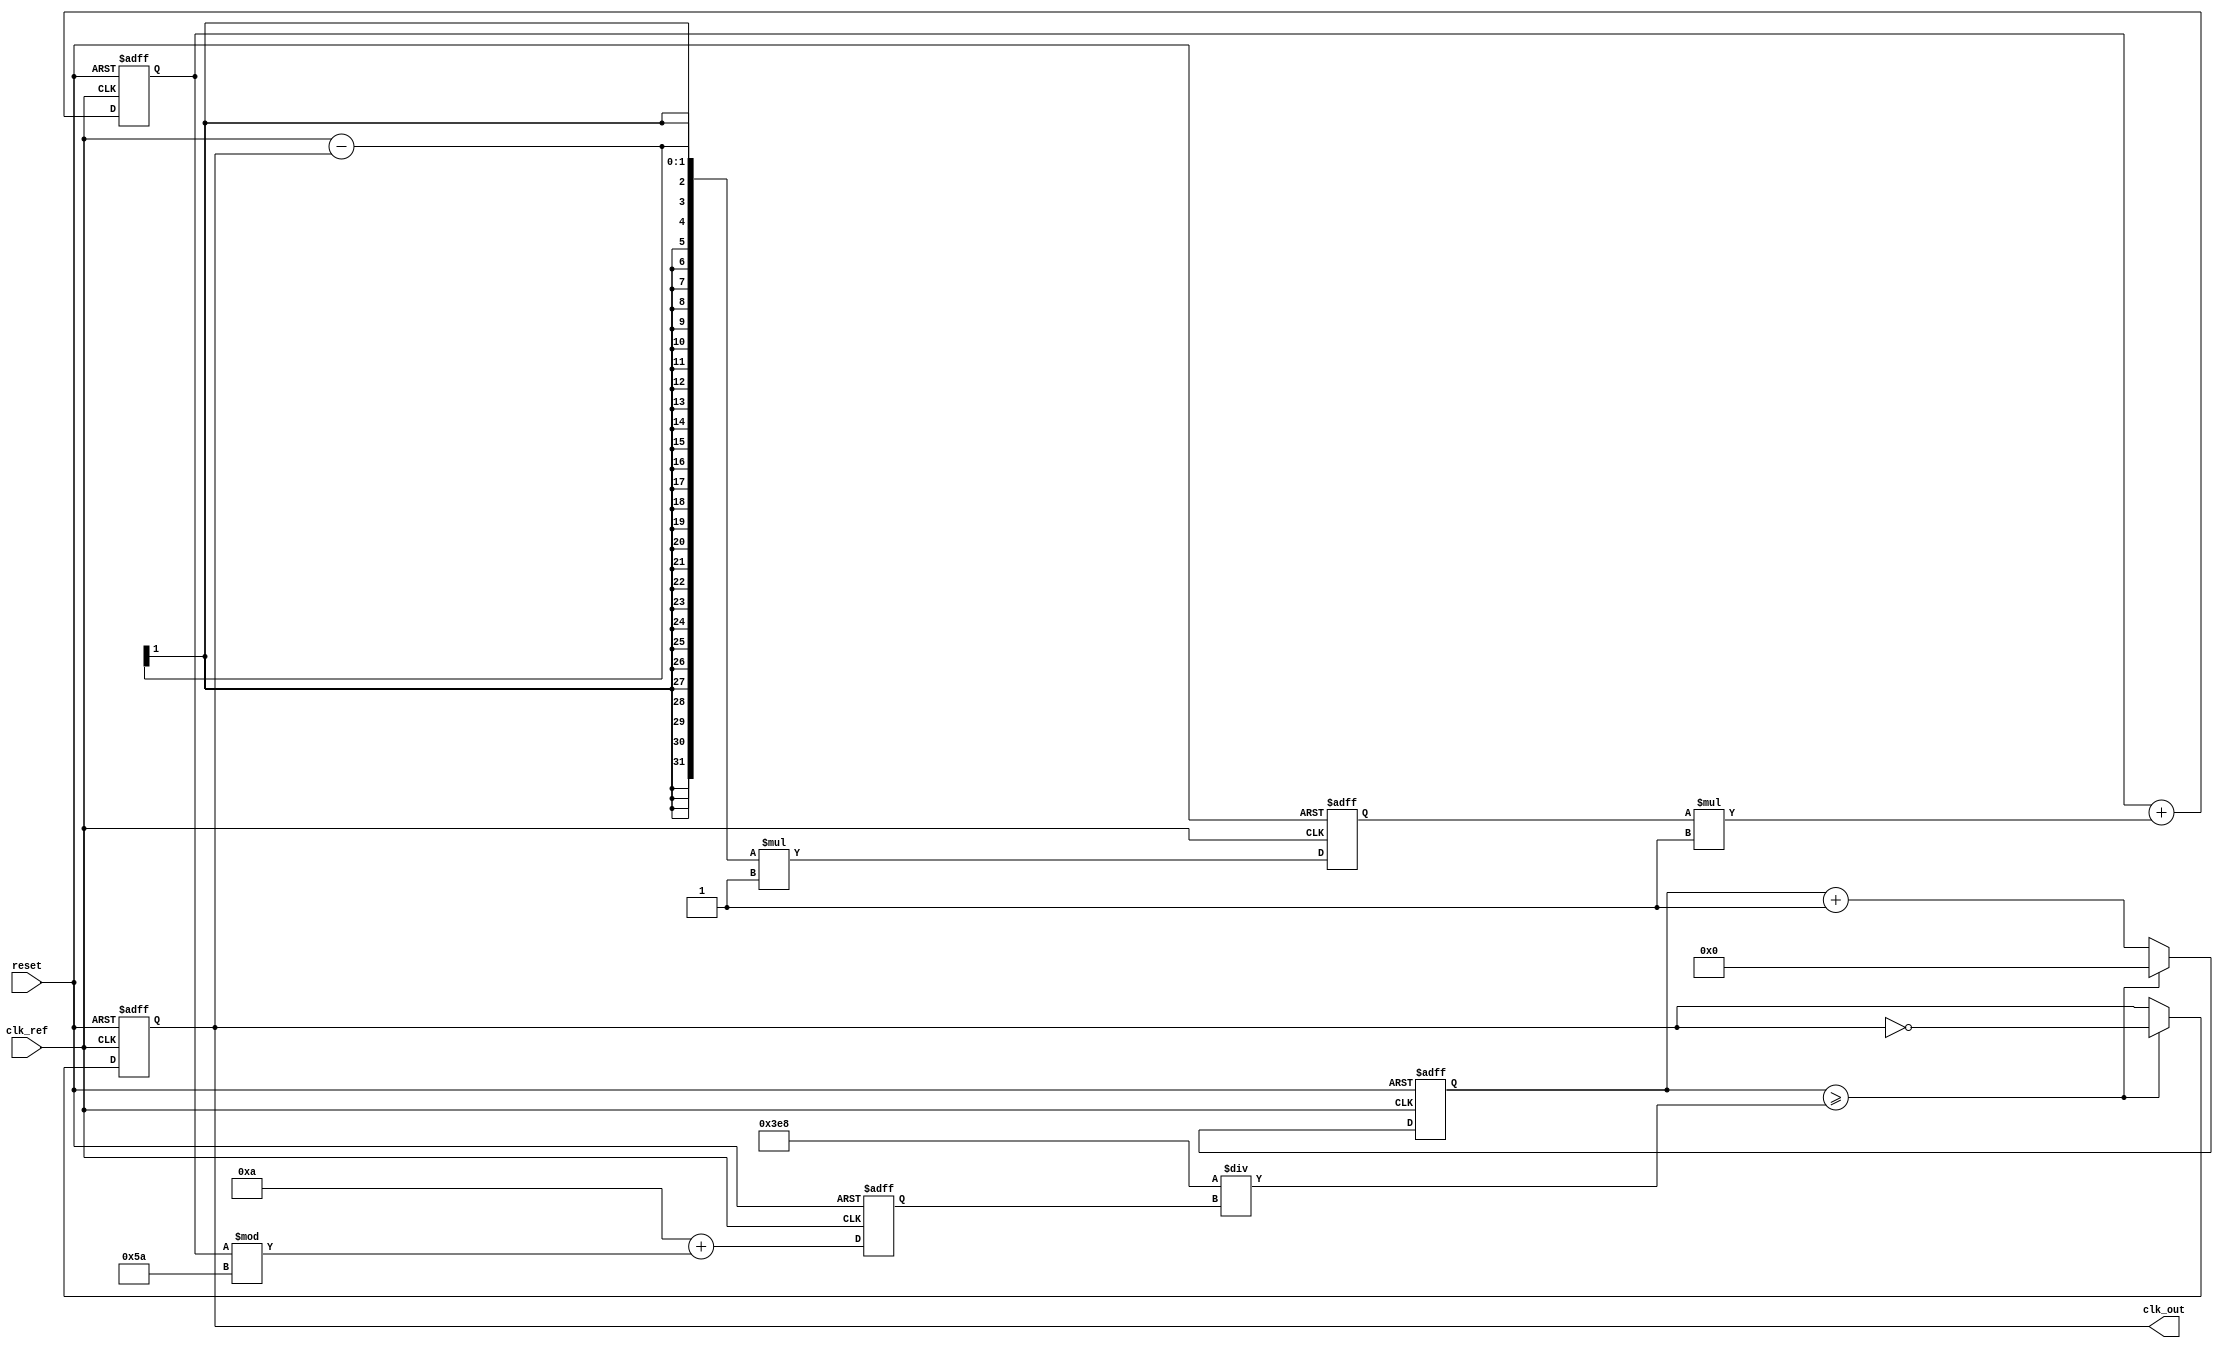
module PLL (
    input wire clk_ref,          // Reference clock input
    input wire reset,            // Reset signal
    output reg clk_out           // Output clock
);

// Parameters
parameter VCO_MAX_FREQ = 100;  // Maximum frequency of VCO
parameter VCO_MIN_FREQ = 10;    // Minimum frequency of VCO
parameter K_PD = 1;             // Phase Detector gain
parameter K_LF = 1;             // Loop Filter gain

// Internal signals
reg [31:0] phase_error;         // Phase error signal
reg [31:0] control_voltage;      // Control voltage for VCO
reg [31:0] vco_frequency;        // Current VCO frequency
reg [31:0] vco_count;            // VCO counter

// Phase Detector (PD)
always @(posedge clk_ref or posedge reset) begin
    if (reset) begin
        phase_error <= 0;
    end else begin
        // Simple phase error calculation (assume clk_out is derived from VCO)
        phase_error <= (clk_ref - clk_out) * K_PD; // Example calculation
    end
end

// Loop Filter (LF)
always @(posedge clk_ref or posedge reset) begin
    if (reset) begin
        control_voltage <= 0;
    end else begin
        // Simple low-pass filter implementation
        control_voltage <= control_voltage + (phase_error * K_LF);
    end
end

// Voltage-Controlled Oscillator (VCO)
always @(posedge clk_ref or posedge reset) begin
    if (reset) begin
        vco_frequency <= VCO_MIN_FREQ;
        vco_count <= 0;
        clk_out <= 0;
    end else begin
        // Adjust VCO frequency based on control voltage
        vco_frequency <= VCO_MIN_FREQ + (control_voltage % (VCO_MAX_FREQ - VCO_MIN_FREQ));
        
        // VCO frequency counter
        vco_count <= vco_count + 1;
        if (vco_count >= (1000 / vco_frequency)) begin // Adjust for frequency
            clk_out <= ~clk_out; // Toggle output clock
            vco_count <= 0;
        end
    end
end

endmodule